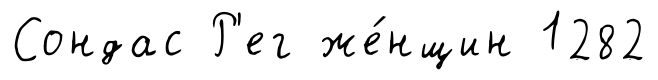
Сондас Р'ег же́нщин 1282